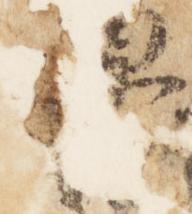
源